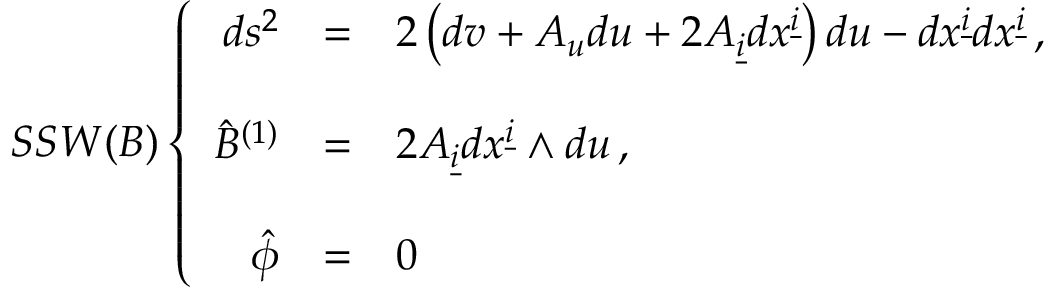
S S W ( B ) \left\{ \begin{array} { r c l } { { d s ^ { 2 } } } & { { = } } & { { 2 \left( d v + { \cal A } _ { u } d u + 2 { \cal A } _ { \underline { { { i } } } } d x ^ { \underline { { { i } } } } \right) d u - d x ^ { \underline { { { i } } } } d x ^ { \underline { { { i } } } } \, , } } \\ { { } } & { { } } & { { } } \\ { { \hat { B } ^ { ( 1 ) } } } & { { = } } & { { 2 { \cal A } _ { \underline { { { i } } } } d x ^ { \underline { { { i } } } } \wedge d u \, , } } \\ { { } } & { { } } & { { } } \\ { { \hat { \phi } } } & { { = } } & { { 0 \, } } \end{array} \right.